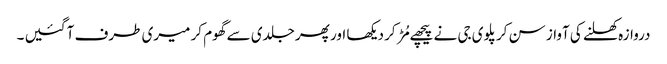
دروازہ کھلنے کی آواز سن کر پلوی جی نے پیچھے مُڑ کر دیکھا اور پھر جلدی سے گھوم کر میری طرف آ گئیں ۔